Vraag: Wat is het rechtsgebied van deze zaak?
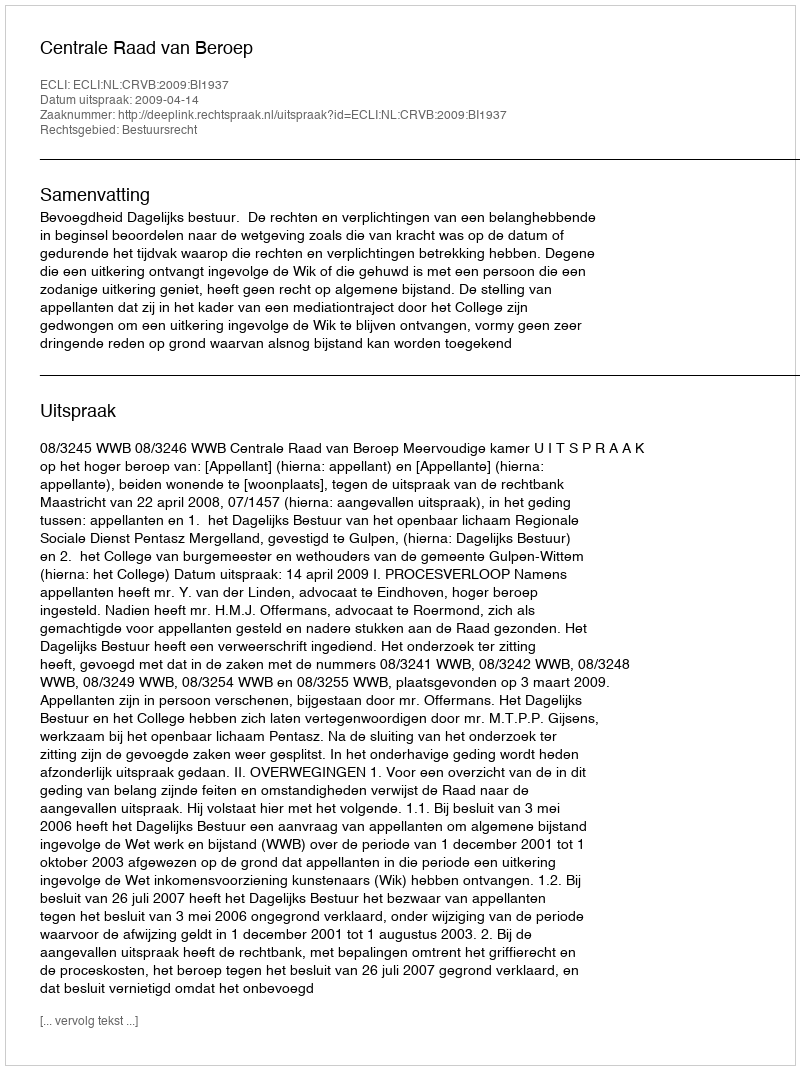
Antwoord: Bestuursrecht